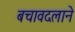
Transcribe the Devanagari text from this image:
बचावदलाने